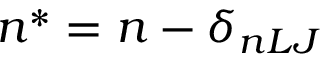
n ^ { * } = n - \delta _ { n L J }